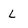
Character: L